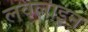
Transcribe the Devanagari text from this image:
लवलाइन